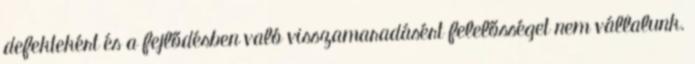
defektekért és a fejlődésben való visszamaradásért felelősséget nem vállalunk.